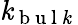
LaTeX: \mathit{k}_{\mathrm{{~b~u~l~\mathit{k}~}}}